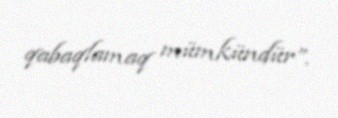
qabaqlamaq mümkündür”.